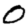
Digit: 0